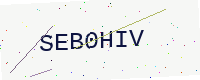
Text: SEB0HIV